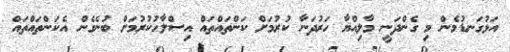
އަޅުގަނޑުމެން މި ގެންދަނީ މާލިއްޔާ ހަރުދަނާ ކުރުމަށް ކަންތައްތައް އިސްލާހުކުރުމަށް ބުނެގެން އެކަންތައްތައް